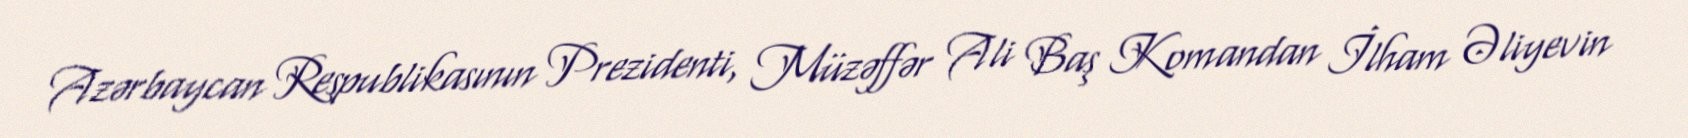
Azərbaycan Respublikasının Prezidenti, Müzəffər Ali Baş Komandan İlham Əliyevin